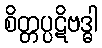
စိတ္တပ္ပဋိဗဒ္ဓါ